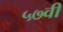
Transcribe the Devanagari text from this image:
५७वी